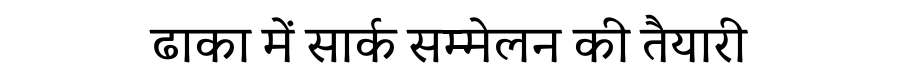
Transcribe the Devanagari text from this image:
ढाका में सार्क सम्मेलन की तैयारी